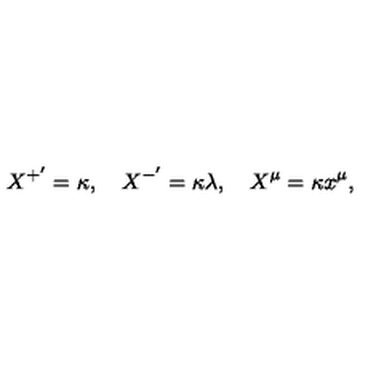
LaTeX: X ^ { + ^ { \prime } } = \kappa , \quad X ^ { - ^ { \prime } } = \kappa \lambda , \quad X ^ { \mu } = \kappa x ^ { \mu } ,